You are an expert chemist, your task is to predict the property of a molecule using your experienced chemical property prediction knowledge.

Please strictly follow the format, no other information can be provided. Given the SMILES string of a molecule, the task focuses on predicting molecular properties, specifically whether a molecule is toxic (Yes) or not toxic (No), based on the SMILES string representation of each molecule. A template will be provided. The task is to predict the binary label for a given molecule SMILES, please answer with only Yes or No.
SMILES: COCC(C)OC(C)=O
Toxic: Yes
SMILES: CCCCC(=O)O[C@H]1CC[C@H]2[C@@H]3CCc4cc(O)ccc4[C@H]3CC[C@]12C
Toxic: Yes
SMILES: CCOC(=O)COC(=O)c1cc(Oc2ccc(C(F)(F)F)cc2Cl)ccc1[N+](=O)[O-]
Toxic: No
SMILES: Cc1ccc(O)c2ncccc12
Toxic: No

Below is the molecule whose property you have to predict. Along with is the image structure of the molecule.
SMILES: O=S(c1cc(Cl)cc(Cl)c1O)c1cc(Cl)cc(Cl)c1O
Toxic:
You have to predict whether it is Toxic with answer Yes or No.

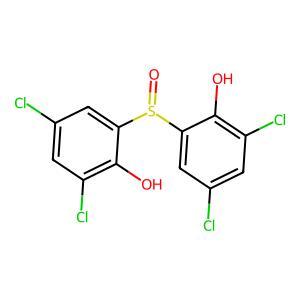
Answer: No